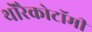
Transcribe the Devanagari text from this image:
थोरैकोटॉमी